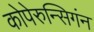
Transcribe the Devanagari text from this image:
कोपेरुन्सिगंन